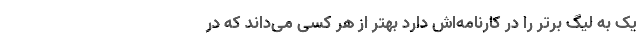
یک به لیگ برتر را در کارنامه‌اش دارد بهتر از هر کسی می‌داند که در